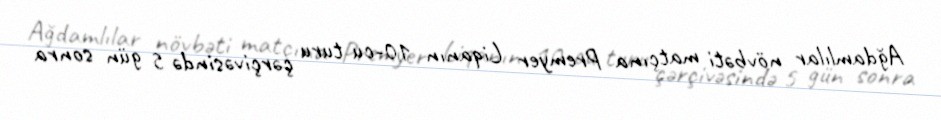
Ağdamlılar növbəti matçına Premyer Liqanın 10-cu turu çərçivəsində 5 gün sonra